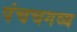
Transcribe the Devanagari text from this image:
पंचचगव्य